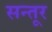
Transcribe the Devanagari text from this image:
सन्तूर